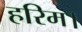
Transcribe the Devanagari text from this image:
हरिम।